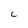
Character: C